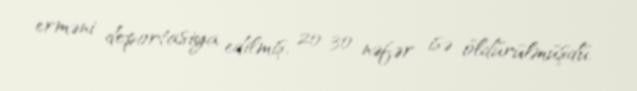
erməni deportasiya edilmiş, 20-30 nəfər isə öldürülmüşdü.